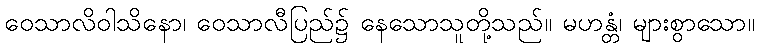
ဝေသာလိဝါသိနော၊ ဝေသာလီပြည်၌ နေသောသူတို့သည်။ မဟန္တံ၊ များစွာသော။